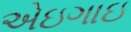
એઇગાઇ